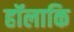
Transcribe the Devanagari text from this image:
हॉलाकि